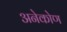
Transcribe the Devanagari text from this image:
अनेकोण